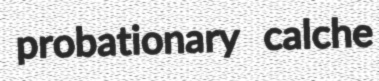
probationary calche